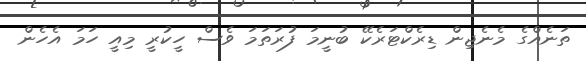
ތަނެއްގެ މެނެޖިން ޑިރެކްޓަރެކޭ ބުނީމަ ފުރަތަމަ ވެސް ހީކުރީ މިއީ ހަމަ އެހެން